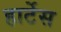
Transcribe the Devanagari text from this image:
हार्टेस